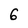
Character: 6